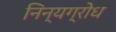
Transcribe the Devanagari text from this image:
निन्यग्रोध